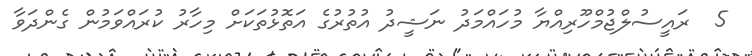
5  ރައީސުލްޖުމްހޫރިއްޔާ މުހައްމަދު ނަޝީދު އުތުރުގެ އަތޮޅުތަކަށް މިހާރު ކުރައްވަމުން ގެންދަވާ